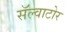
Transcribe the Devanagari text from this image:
सॅल्वाटोर